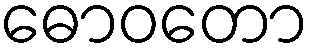
ဓောဝတော